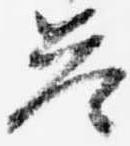
答